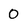
Character: 0